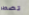
تضطر